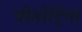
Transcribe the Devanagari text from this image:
बोडोट्रिया